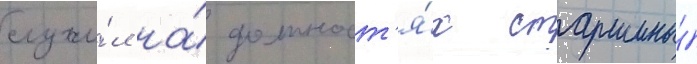
служи́л на́ должност'я́х старшины́